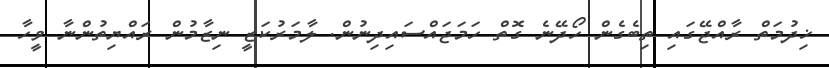
ޚިދުމަތް ރާއްޖޭގައި ތިބެގެން ހޯދޭނެ ގޮތް ހަމަޖައްސައިދިނުން. ލާމަރުކަޒީ ނިޒާމުން ރައްޔިތުންނާ ވީހާ